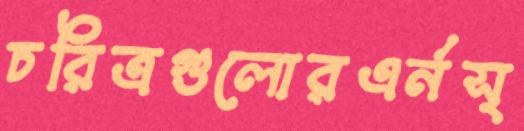
চরিত্রগুলোরএর্নস্